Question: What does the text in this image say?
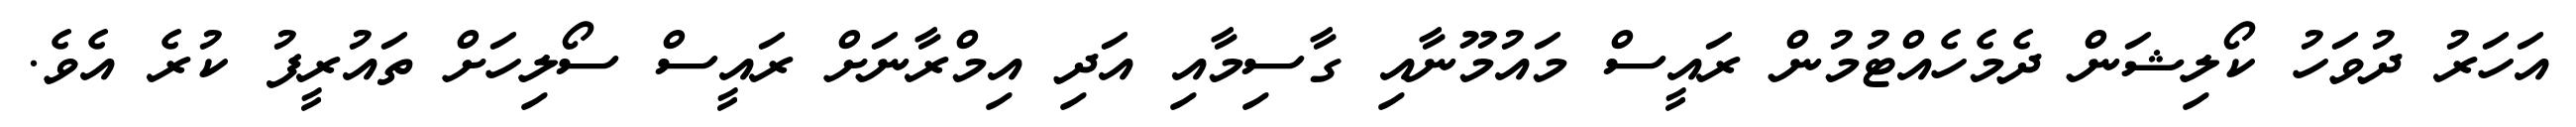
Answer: އަހަރު ދުވަހު ކޯލިޝަން ދެމެހެއްޓުމުން ރައީސް މައުމޫނާއި ގާސިމާއި އަދި އިމްރާނަށް ރައީސް ސޯލިހަށް ތައުރީފު ކުރެ އެވެ.